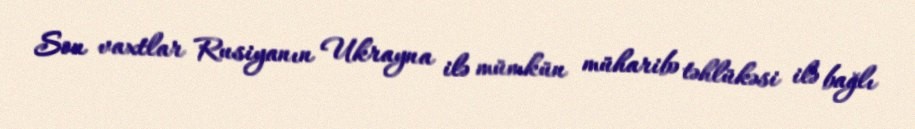
Son vaxtlar Rusiyanın Ukrayna ilə mümkün müharibə təhlükəsi ilə bağlı